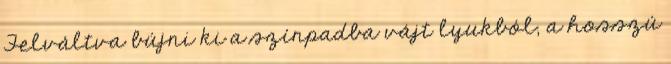
Felváltva bújni ki a színpadba vájt lyukból, a hosszú